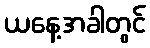
ယနေ့အခါတွင်